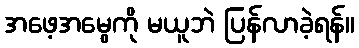
အဖေ့အမွေကို မယူဘဲ ပြန်လာခဲ့ရန်။